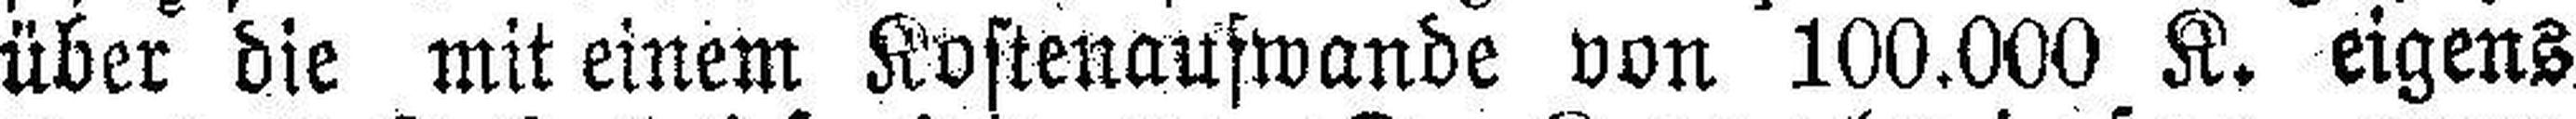
über die mit einem Kostenaufwande von 100.000 K. eigens